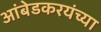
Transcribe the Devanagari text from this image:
आंबेडकरयंच्या